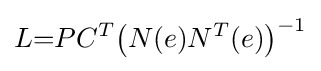
L{=}PC^{T}{\bigl (}N(e)N^{T}(e){\bigr )}^{-1}